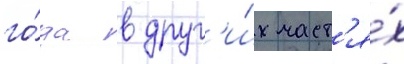
го́да в друг'и́х част'я́х